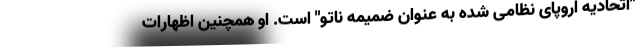
"اتحادیه اروپای نظامی شده به عنوان ضمیمه ناتو" است. او همچنین اظهارات